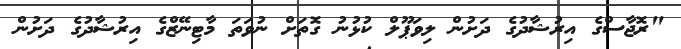
"ރޮޖާސްގެ އިރުޝާދުގެ ދަށުން ލިވަޕޫލް ކުޅުނު ގޮތަށް ނުވަތަ މާޓިނޭޒްގެ އިރުޝާދުގެ ދަށުން